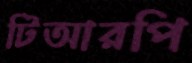
টিআরপি